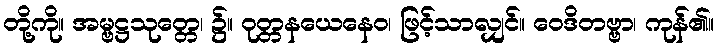
တို့ကို။ အမ္ဗဋ္ဌသုတ္တေ၊ ၌။ ဝုတ္တနယေနေဝ၊ ဖြင့်သာလျှင်။ ဝေဒိတဗ္ဗာ၊ ကုန်၏။